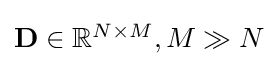
{\textstyle \mathbf {D} \in \mathbb {R} ^{N\times M},M\gg N}